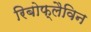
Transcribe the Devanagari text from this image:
रिबोफ्लैविन